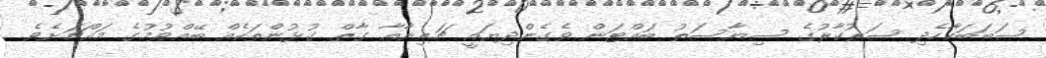
ސަބަބަކާހެދި ސަރުކާރުގެ ސިޔާސަތު ބައްޓަން ވެގެންދިޔައީ ޗައިނާއާ ގާތް ގުޅުންތަކެއް ބޭއްވުމުގެ މައްޗަށެވެ.